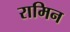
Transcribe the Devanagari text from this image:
रामिन